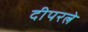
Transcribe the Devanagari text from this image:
दीपरत्ने